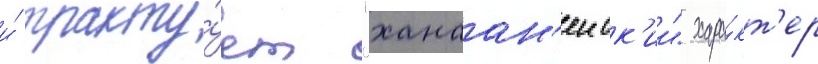
и́ тракту́ет "ханаан'еиск'ии" хара́кт'ер